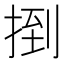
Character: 捯